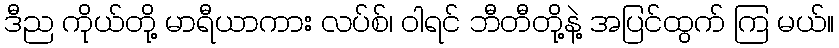
ဒီည ကိုယ်တို့ မာရီယာကား လပ်စ်၊ ဝါရင် ဘီတီတို့နဲ့ အပြင်ထွက် ကြ မယ်။